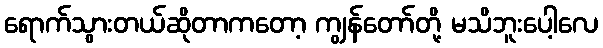
ရောက်သွားတယ်ဆိုတာကတော့ ကျွန်တော်တို့ မသိဘူးပေါ့လေ